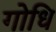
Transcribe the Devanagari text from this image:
गोधि